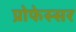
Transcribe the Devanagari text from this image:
प्रोफेस्सर